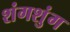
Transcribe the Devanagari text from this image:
शंगशुंग